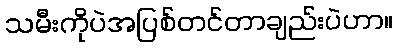
သမီးကိုပဲအပြစ်တင်တာချည်းပဲဟာ။